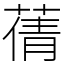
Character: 蒨